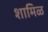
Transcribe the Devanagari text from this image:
शामिळ